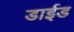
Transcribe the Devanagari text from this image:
डाईड